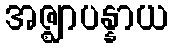
အဇ္ဈာပန္နာယ